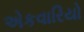
એકવારિયો